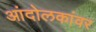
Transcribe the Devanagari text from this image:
आंदोलकांवर